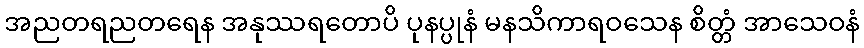
အညတရညတရေန အနုဿရတောပိ ပုနပ္ပုနံ မနသိကာရဝသေန စိတ္တံ အာသေဝနံ